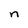
Character: n